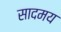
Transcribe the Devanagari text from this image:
सादमय